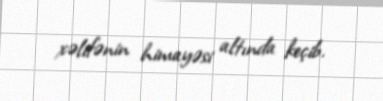
xəlifənin himayəsi altında keçib.